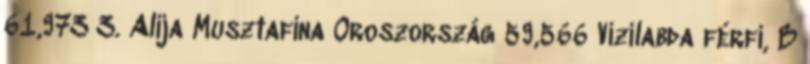
61,973 3. Alija Musztafina Oroszország 59,566 Vízilabda férfi, B